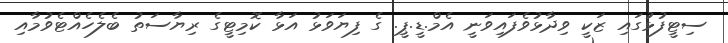
ސިޓީފުޅުގައި ޒަކީ ވިދާޅުވެފައިވަނީ އެމް.ޑީ.ޕީ. ގެ ފިޔަވަޅު އަޅާ ކޮމިޓީގެ ރިޔާސަތު ބެލެހެއްޓެވުމާއި